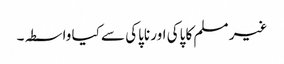
غیر مسلم کا پاکی اور ناپاکی سے کیا واسطہ۔